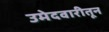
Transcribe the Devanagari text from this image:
उमेदवारीतून